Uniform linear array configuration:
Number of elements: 48
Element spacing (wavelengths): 1
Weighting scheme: exponential
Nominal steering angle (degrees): -15
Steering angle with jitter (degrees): -14.311
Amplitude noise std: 0.05
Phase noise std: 0.05

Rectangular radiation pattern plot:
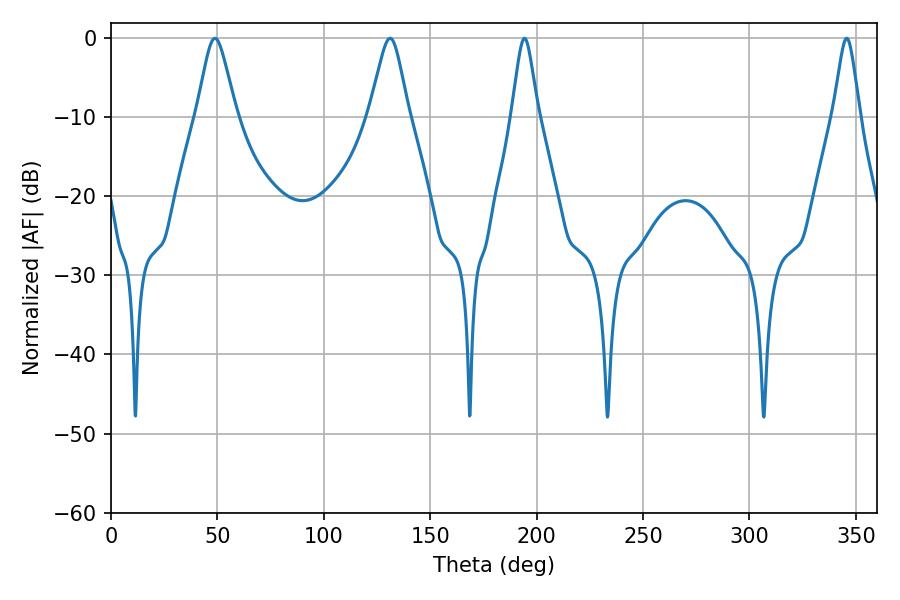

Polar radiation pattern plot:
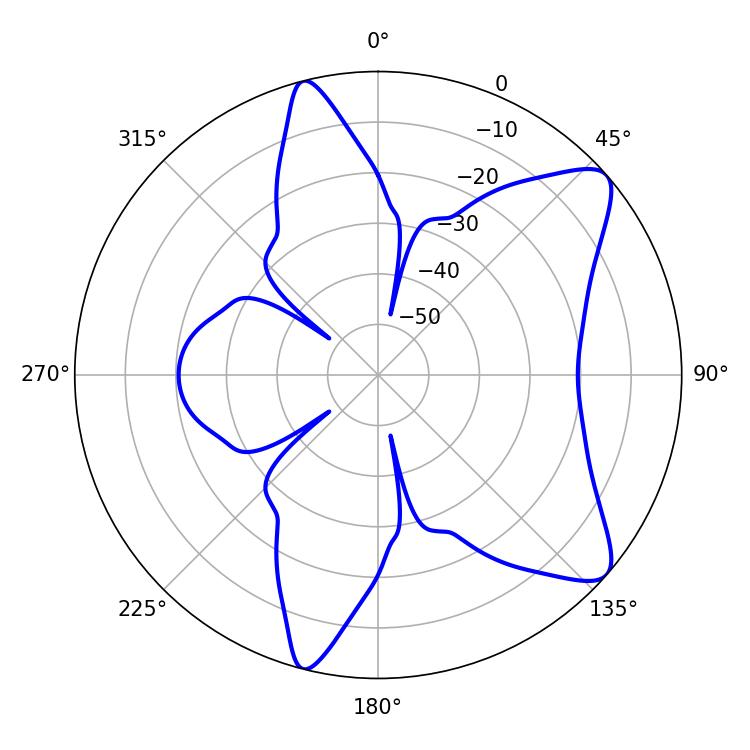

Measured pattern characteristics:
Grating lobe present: TRUE
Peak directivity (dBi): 9.379
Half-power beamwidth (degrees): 8.82
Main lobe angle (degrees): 48.78